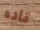
قاده